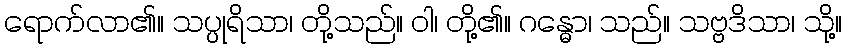
ရောက်လာ၏။ သပ္ပုရိသာ၊ တို့သည်။ ဝါ၊ တို့၏။ ဂန္ဓော၊ သည်။ သဗ္ဗဒိသာ၊ သို့။